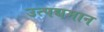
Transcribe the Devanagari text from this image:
उत्पद्यमान